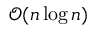
{ \mathcal { O } } ( n \log n )